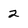
Character: 2